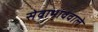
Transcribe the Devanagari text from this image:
सेवाभाववाले